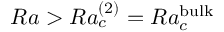
R a > R a _ { c } ^ { ( 2 ) } = R a _ { c } ^ { \mathrm { \tiny { b u l k } } }